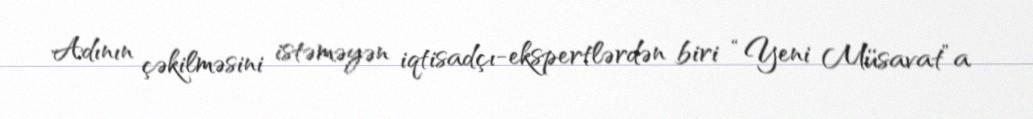
Adının çəkilməsini istəməyən iqtisadçı-ekspertlərdən biri “Yeni Müsavat”a